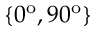
\{ 0 ^ { \mathrm { o } } , 9 0 ^ { \mathrm { o } } \}